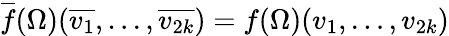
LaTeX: {\overline{{f}}}(\Omega)({\overline{{v_{1}}}},\dots,{\overline{{v_{2k}}}})=f(\Omega)(v_{1},\dots,v_{2k})